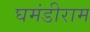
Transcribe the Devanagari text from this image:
घमंडीराम